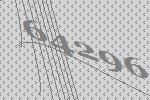
64296